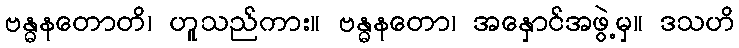
ဗန္ဓနတောတိ၊ ဟူသည်ကား။ ဗန္ဓနတော၊ အနှောင်အဖွဲ့မှ။ ဒသဟိ